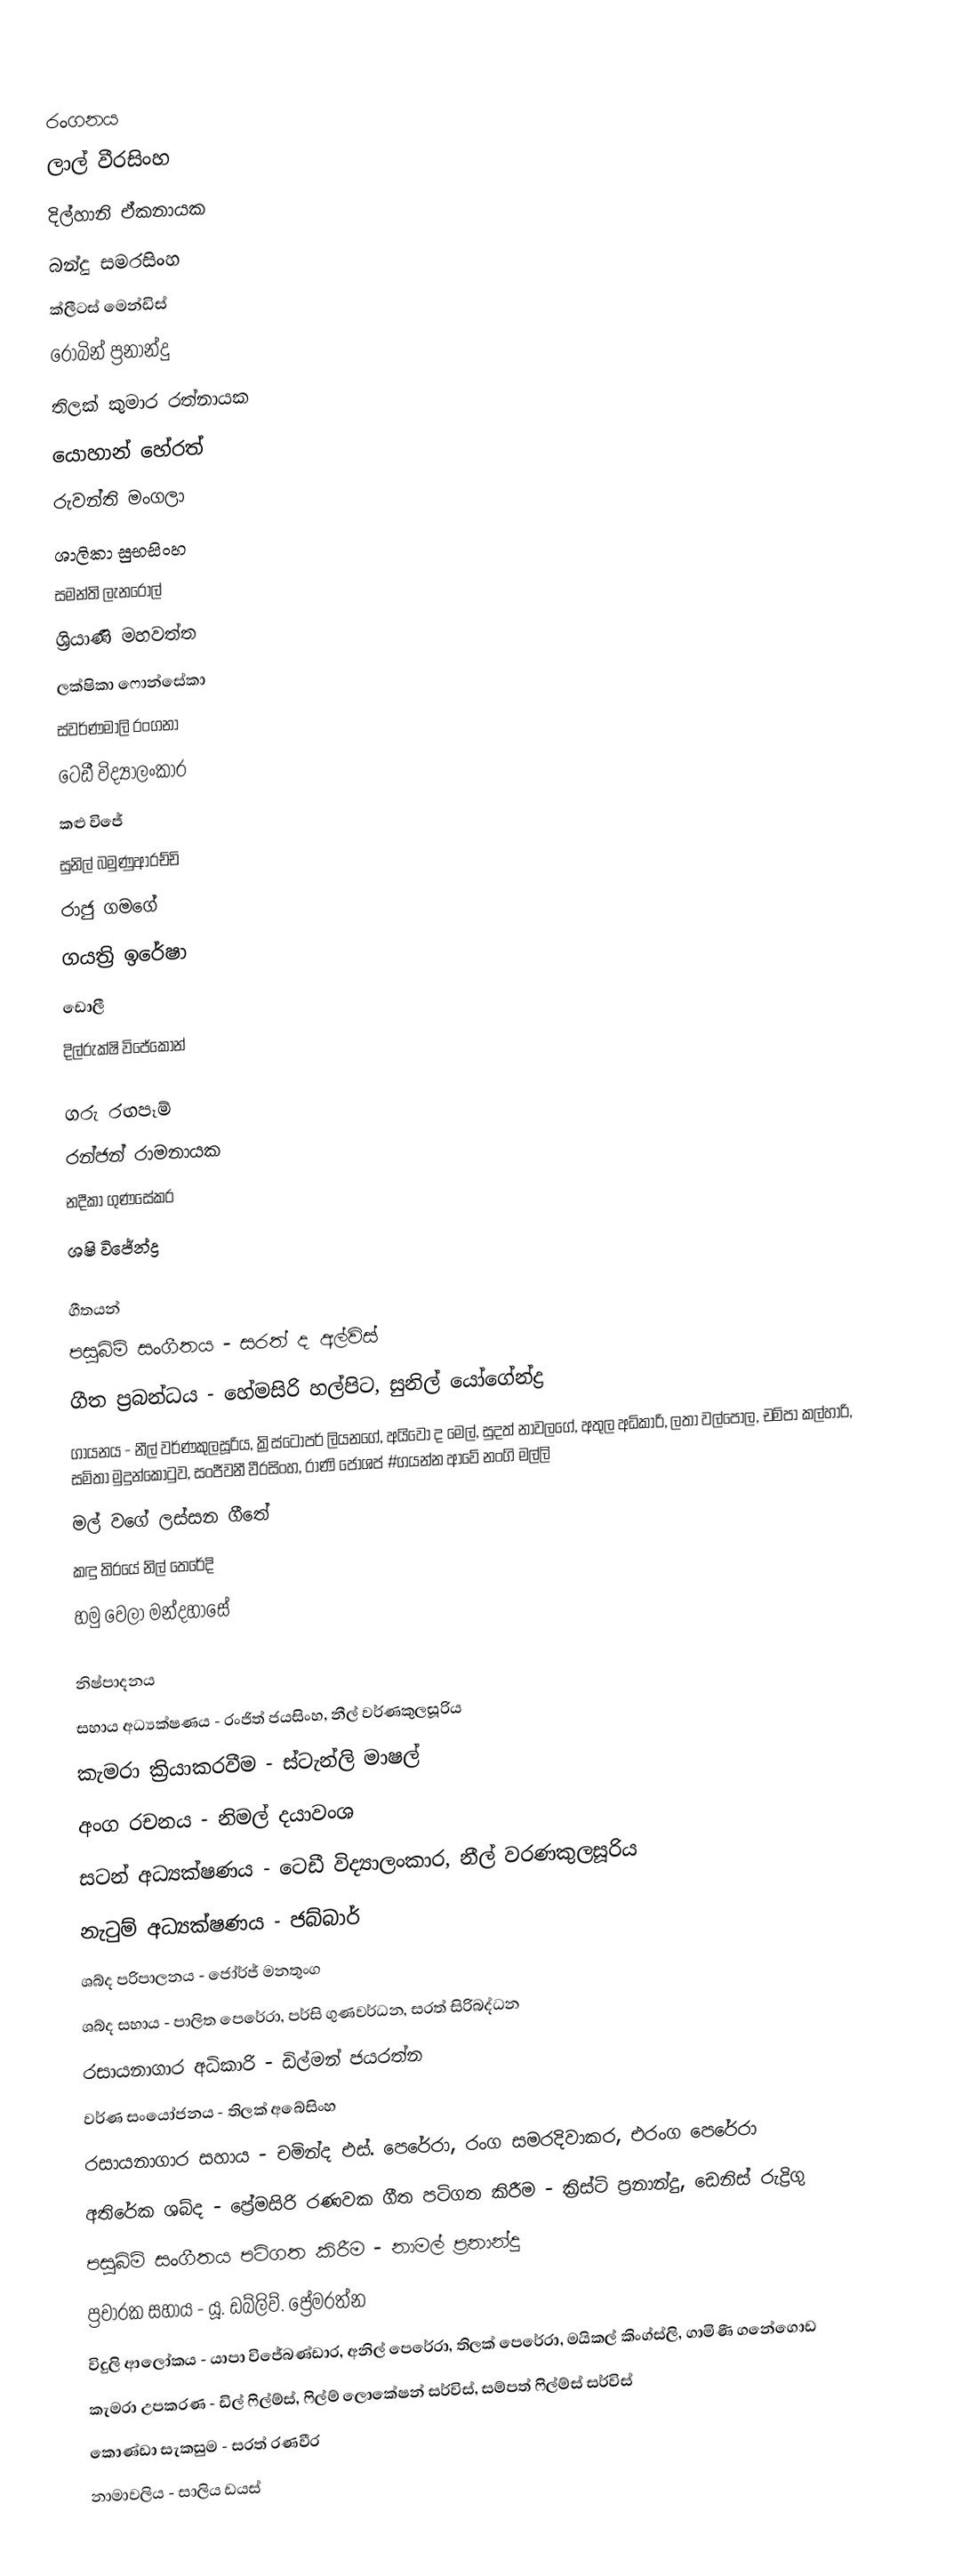

රංගනය
ලාල් වීරසිංහ
දිල්හානි ඒකනායක
බන්දු සමරසිංහ
ක්ලීටස් මෙන්ඩිස්
රොබින් ප්‍රනාන්දු
තිලක් කුමාර රත්නායක
යොහාන් හේරත්
රුවන්ති මංගලා
ශාලිකා සුභසිංහ
සමන්ති ලැනරෝල්
ශ්‍රියාණි මහවත්ත
ලක්ෂිකා ෆොන්සේකා
ස්වර්ණමාලි රංගනා
ටෙඩී විද්‍යාලංකාර
කළු විජේ
සුනිල් බමුණුආරච්චි
රාජු ගමගේ
ගයත්‍රි ඉරේෂා
ඩොලී
දිල්රුක්ෂි විජේකෝන්

ගරු රඟපෑම්
රන්ජන් රාමනායක
නදීකා ගුණසේකර
ශෂි විජේන්ද්‍ර

ගීතයන්
පසුබිම් සංගීතය - සරත් ද අල්විස්
ගීත ප්‍රබන්ධය - හේමසිරි හල්පිට, සුනිල් යෝගේන්ද්‍ර
ගායනය - නීල් වර්ණකුලසූරිය, ක්‍රිස්ටෝපර් ලියනගේ, අයිවෝ ද මෙල්, සුදත් නාවලගේ, අතුල අධිකාරි, ලතා වල්පොල, චම්පා කල්හාරි, සමිතා මුදුන්කොටුව, සංජීවනී වීරසිංහ, රාණි ජෝශප් #ගයන්න ආවේ නංගි මල්ලි
මල් වගේ ලස්සන ගීතේ
කඳු තිරයේ නිල් තෙරේදි
 හමු වෙලා මන්දහාසේ

නිෂ්පාදනය
සහාය අධ්‍යක්ෂණය - රංජිත් ජයසිංහ, නීල් වර්ණකුලසූරිය
කැමරා ක්‍රියාකරවීම - ස්ටැන්ලි මාෂල්
අංග රචනය - නිමල් දයාවංශ
සටන් අධ්‍යක්ෂණය - ටෙඩී විද්‍යාලංකාර, නීල් වරණකුලසූරිය
නැටුම් අධ්‍යක්ෂණය - ජබ්බාර්
ශබ්ද පරිපාලනය - ජෝර්ජ් මනතුංග
ශබ්ද සහාය - පාලිත පෙරේරා, පර්සි ගුණවර්ධන, සරත් සිරිබද්ධන
රසායනාගාර අධිකාරි - ඩිල්මන් ජයරත්න
වර්ණ සංයෝජනය - තිලක් අබේසිංහ
රසායනාගාර සහාය - චමින්ද එස්. පෙරේරා, රංග සමරදිවාකර, එරංග පෙරේරා
අතිරේක ශබ්ද - ප්‍රේමසිරි රණවක ගීත පටිගත කිරීම - ක්‍රිස්ටි ප්‍රනාන්දු, ඩෙනිස් රුද්‍රිගු
පසුබිම් සංගීතය පටිගත කිරීම - නාමල් ප්‍රනාන්දු
ප්‍රචාරක සහාය - යූ. ඩබ්ලිව්. ප්‍රේමරත්න
විදුලි ආලෝකය - යාපා විජේබණ්ඩාර, අනිල් පෙරේරා, තිලක් පෙරේරා, මයිකල් කිංග්ස්ලි, ගාමිණී ගනේගොඩ
කැමරා උපකරණ - ඩිල් ෆිල්ම්ස්, ෆිල්ම් ලොකේෂන් සර්විස්, සම්පත් ෆිල්ම්ස් සර්විස්
කොණ්ඩා සැකසුම - සරත් රණවීර
නාමාවලිය - සාලිය ඩයස්